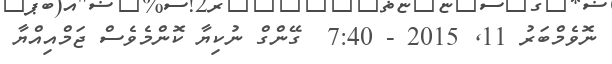
ނޮވެމްބަރު 11